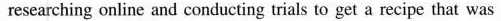
researching online and conducting trials to get a recipe that was